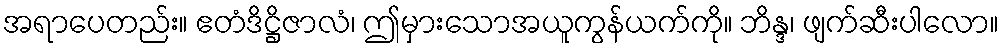
အရာပေတည်း။ ဧတံဒိဋ္ဌိဇာလံ၊ ဤမှားသောအယူကွန်ယက်ကို။ ဘိန္ဒ၊ ဖျက်ဆီးပါလော။